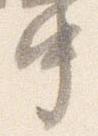
中